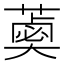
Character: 𦼣